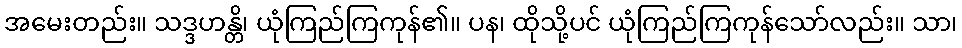
အမေးတည်း။ သဒ္ဒဟန္တိ၊ ယုံကြည်ကြကုန်၏။ ပန၊ ထိုသို့ပင် ယုံကြည်ကြကုန်သော်လည်း။ သာ၊